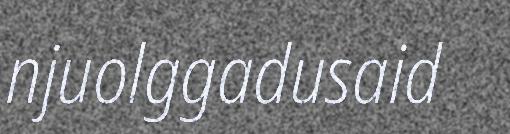
njuolggadusaid